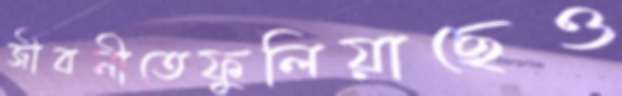
জীবনীতেফুলিয়াছেও